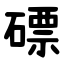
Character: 磦